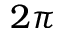
2 \pi